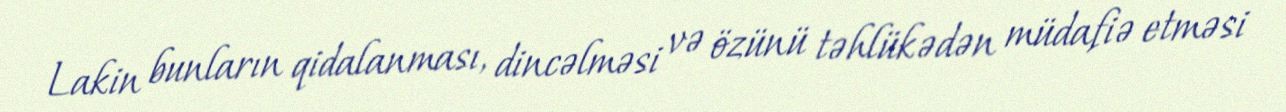
Lakin bunların qidalanması, dincəlməsi və özünü təhlükədən müdafiə etməsi